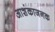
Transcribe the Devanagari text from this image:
आशंकाजनक